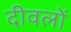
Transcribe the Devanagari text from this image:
दीवलों